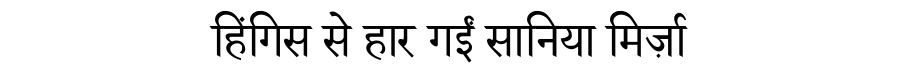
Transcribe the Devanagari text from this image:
हिंगिस से हार गईं सानिया मिर्ज़ा